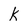
Character: k